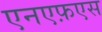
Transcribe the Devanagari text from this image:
एनएफ़एस